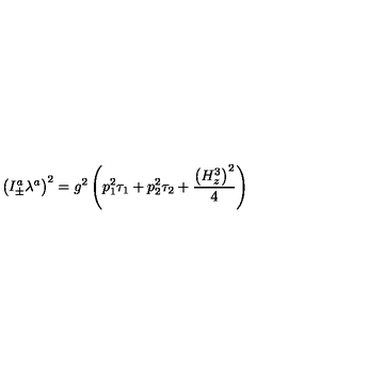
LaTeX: \left( I _ { \pm } ^ { a } \lambda ^ { a } \right) ^ { 2 } = g ^ { 2 } \left( p _ { 1 } ^ { 2 } \tau _ { 1 } + p _ { 2 } ^ { 2 } \tau _ { 2 } + \frac { \left( H _ { z } ^ { 3 } \right) ^ { 2 } } 4 \right)